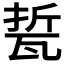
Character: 𱰌